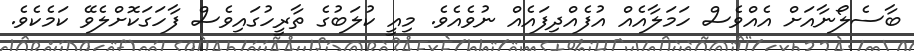
ބާސެލޯނާއަށް އެއްވެސް ހަމަލާއެއް އުފެއްދިފައެއް ނުވެއެވެ. މިއީ ކުލަބުގެ ތާރީހުގައިވެސް ފާހަގަކޮށްލެވޭ ކަމެކެވެ.